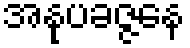
အနုပခဇ္ဇနေ